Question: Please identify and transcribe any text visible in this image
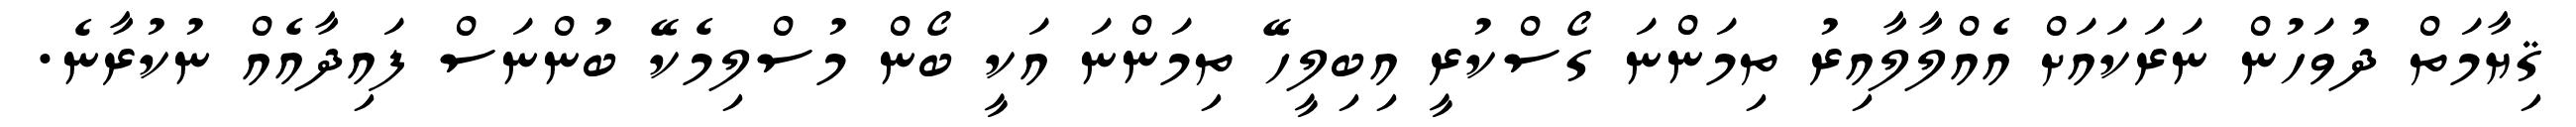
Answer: ޤިޔާމަތް ދުވަހުން ނަރަކައަށް އެއްލާލާއިރު ތިމަންނަ ގޯސްކުރީ އިބިލީހޭ ތިމަންނަ އަކީ ބޯން މުސްލިމެކޭ ބުންނަސް ފައިދާއެއް ނުކުރާނެ.